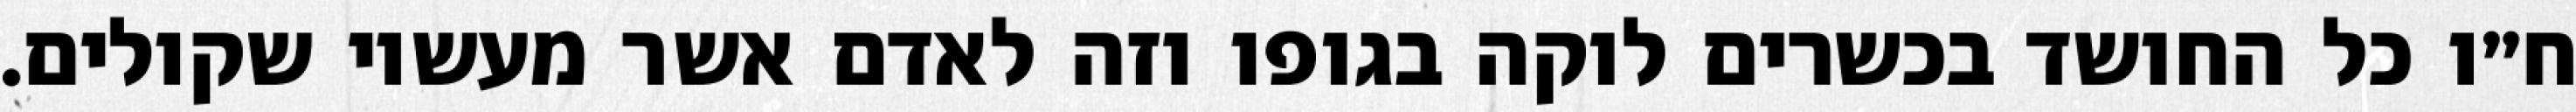
ח״ו כל החושד בכשרים לוקה בגופו וזה לאדם אשר מעשיו שקולים.